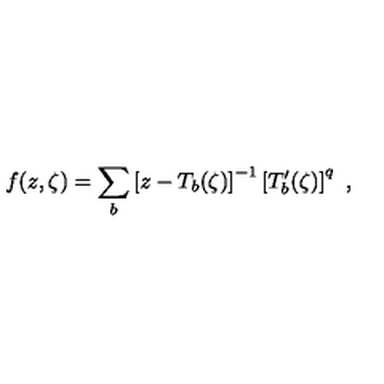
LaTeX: f ( z , \zeta ) = \sum _ { b } \left[ z - T _ { b } ( \zeta ) \right] ^ { - 1 } \left[ T _ { b } ^ { \prime } ( \zeta ) \right] ^ { q } \ ,